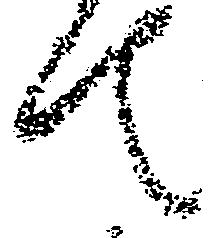
て